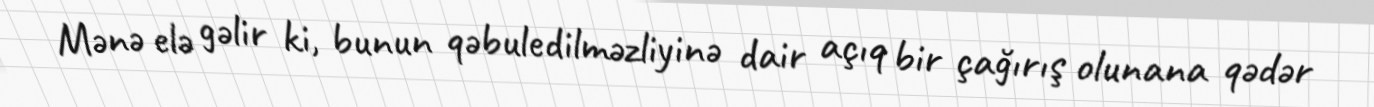
Mənə elə gəlir ki, bunun qəbuledilməzliyinə dair açıq bir çağırış olunana qədər